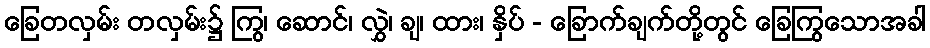
ခြေတလှမ်း တလှမ်း၌ ကြွ၊ ဆောင်၊ လွှဲ၊ ချ၊ ထား၊ နှိပ် - ခြောက်ချက်တို့တွင် ခြေကြွသောအခါ